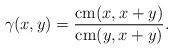
LaTeX: \begin{align*} \gamma(x,y) = \frac{\mathrm{cm}(x,x+y)}{\mathrm{cm}(y,x+y)}.\end{align*}